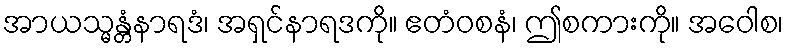
အာယသ္မန္တံနာရဒံ၊ အရှင်နာရဒကို။ ဧတံဝစနံ၊ ဤစကားကို။ အဝေါစ၊